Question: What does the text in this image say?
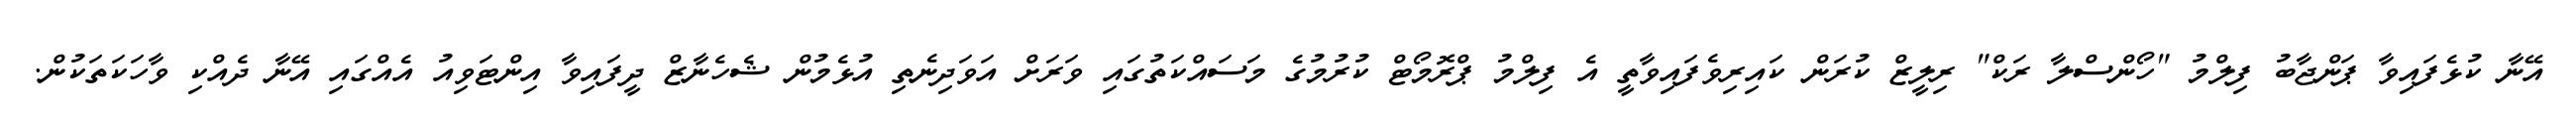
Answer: އޭނާ ކުޅެފައިވާ ޕަންޖާބު ފިލްމު "ހޯންސްލާ ރަކް" ރިލީޒް ކުރަން ކައިރިވެފައިވާތީ އެ ފިލްމު ޕްރޮމޯޓް ކުރުމުގެ މަސައްކަތުގައި ވަރަށް އަވަދިނެތި އުޅެމުން ޝެހެނާޒް ދީފައިވާ އިންޓަވިއު އެއްގައި އޭނާ ދެއްކި ވާހަކަތަކުން.